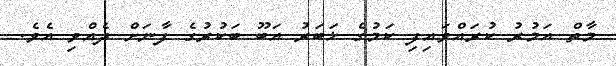
މާތް އަމުރު ކުރައްވައިފި ކަމުގެ ޚަބަރު އަބޫ ބަކުރުގެ ފާނަށް ދެއްވި އެވެ.